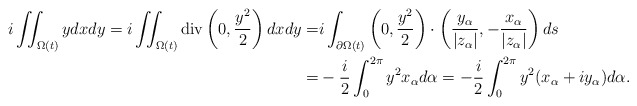
\begin{align*}i\iint_{\Omega(t)}ydxdy=i\iint_{\Omega(t)}\textrm{div}\left(0,\frac{y^{2}}{2}\right)dxdy=&i\int_{\partial\Omega(t)}\left(0,\frac{y^{2}}{2}\right)\cdot \left(\frac{y_{\alpha}}{|z_{\alpha}|},-\frac{x_{\alpha}}{|z_{\alpha}|}\right)ds\\=&-\frac{i}{2}\int_{0}^{2\pi}y^{2}x_{\alpha}d\alpha=-\frac{i}{2}\int_{0}^{2\pi}y^{2}(x_{\alpha}+iy_{\alpha})d\alpha.\end{align*}